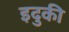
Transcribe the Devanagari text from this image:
इदुकी